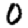
Digit: 0